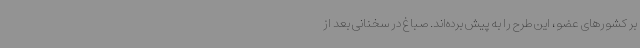
بر کشورهای عضو، این طرح را به پیش برده‌اند. صباغ در سخنانی بعد از